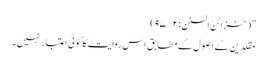
” ( خزائن السنن : ۹۷/۲)
مقلدین کے اصول کے مطابق اس روایت کا کوئی اعتبار نہیں ۔